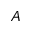
A